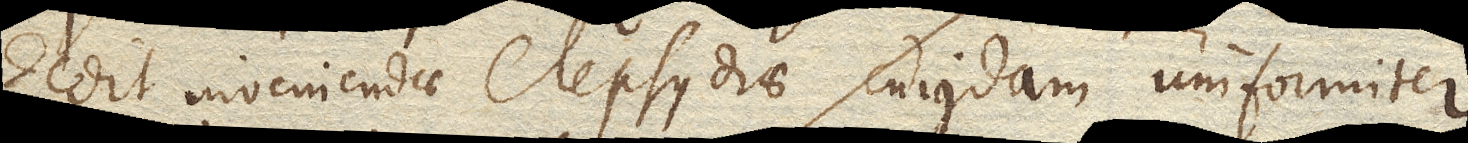
dedit inveniendae clepsydrae cujusdam uniformiter